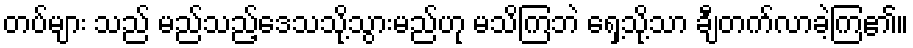
တပ်များ သည် မည်သည့်ဒေသသို့သွားမည်ဟု မသိကြဘဲ ရှေ့သို့သာ ချီတက်လာခဲ့ကြ၏။